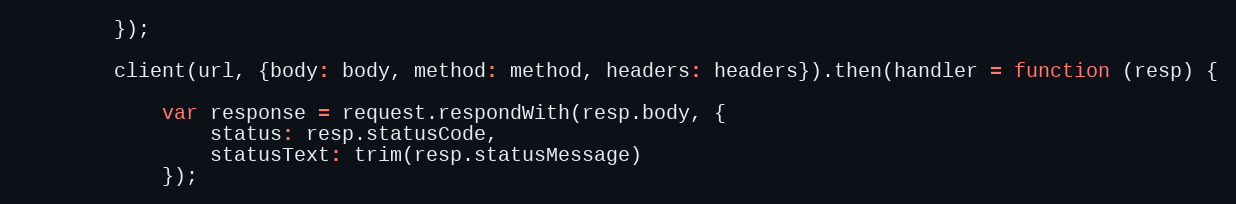
Language: JavaScript
        });

        client(url, {body: body, method: method, headers: headers}).then(handler = function (resp) {

            var response = request.respondWith(resp.body, {
                status: resp.statusCode,
                statusText: trim(resp.statusMessage)
            });